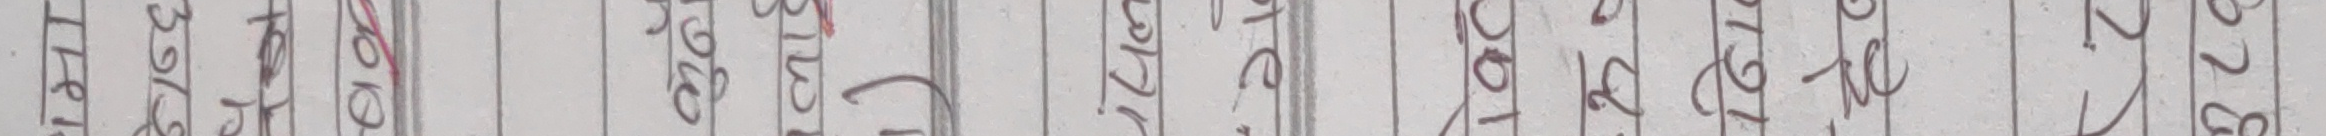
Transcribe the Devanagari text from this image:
इन्टरनेटमा अधृत अनि कालिकका प्रयोग शुल्क / निशुल्क प्रयोग एवं अन्य प्रयोग गरिंदामा शुल्क / निशुल्क प्रयोग अशुल्क प्रयोग अशुल्क प्रयोग २२२८